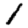
Digit: 1